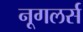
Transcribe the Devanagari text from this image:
नूगलर्स